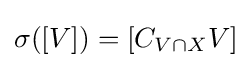
\sigma ([V])=[C_{V\cap X}V]